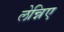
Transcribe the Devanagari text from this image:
लेन्निए